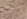
يائسة